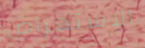
الإستعراض